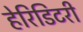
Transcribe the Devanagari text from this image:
हेरिडिटरी